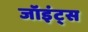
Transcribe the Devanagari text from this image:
जॉइंट्स